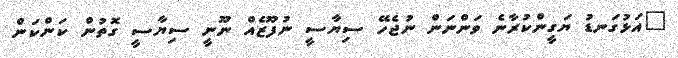
"އަޅުގަނޑު ޔަގީންކުރާނެ ވަންނަން ނުޖެހޭ ސިޔާސީ ނުފޫޒެއް ނޫނީ ސިޔާސީ ގޮތުން ކަންކަން